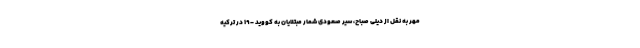
مهر به نقل از دیلی صباح، سیر صعودی شمار مبتلایان به کووید -۱۹ در ترکیه